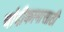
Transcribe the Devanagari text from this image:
चांदीकामासाठी